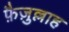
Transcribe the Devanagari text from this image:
फ़ैज़ुल्लाह